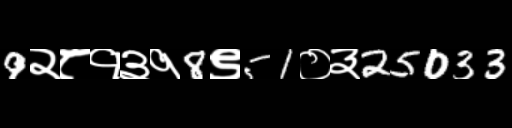
Text: 9२८१३१8९51०३25033